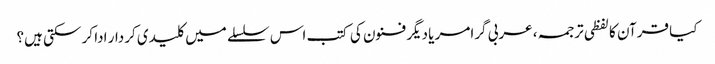
کیا قرآن کا لفظی ترجمہ، عربی گرامر یا دیگر فنون کی کتب اس سلسلے میں کلیدی کردار ادا کر سکتی ہیں؟